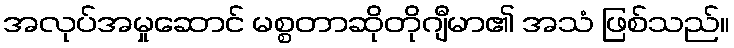
အလုပ်အမှုဆောင် မစ္စတာဆိုတိုဂျီမာ၏ အသံ ဖြစ်သည်။